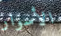
الأسوار